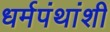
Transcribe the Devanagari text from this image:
धर्मपंथांशी